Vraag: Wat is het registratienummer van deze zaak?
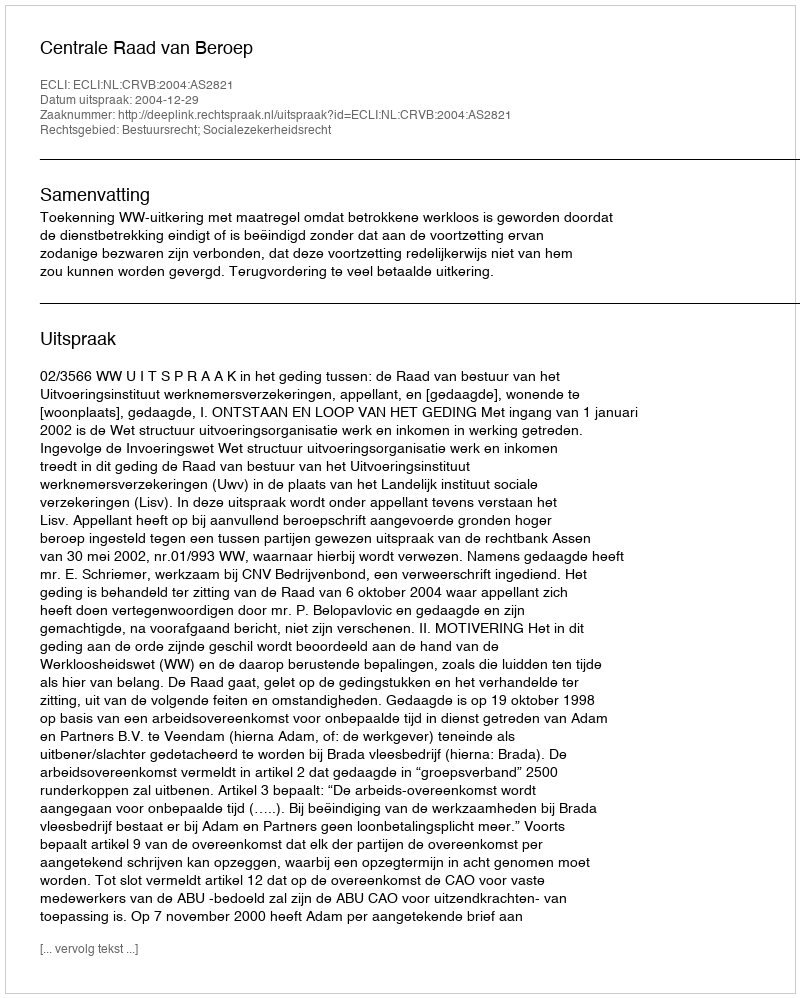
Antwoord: http://deeplink.rechtspraak.nl/uitspraak?id=ECLI:NL:CRVB:2004:AS2821